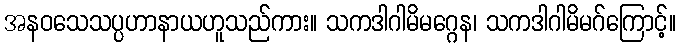
အနဝသေသပ္ပဟာနာယဟူသည်ကား။ သကဒါဂါမိမဂ္ဂေန၊ သကဒါဂါမိမဂ်ကြောင့်။